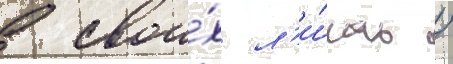
в свои́х л'и́гах /